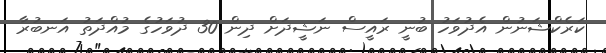
ކަރެކްޝަނުން އެދުވަހު ބުނީ ރައީސް ނަޝީދަށް ދިން 30 ދުވަހުގެ މުއްދަތު އަނބުރާ